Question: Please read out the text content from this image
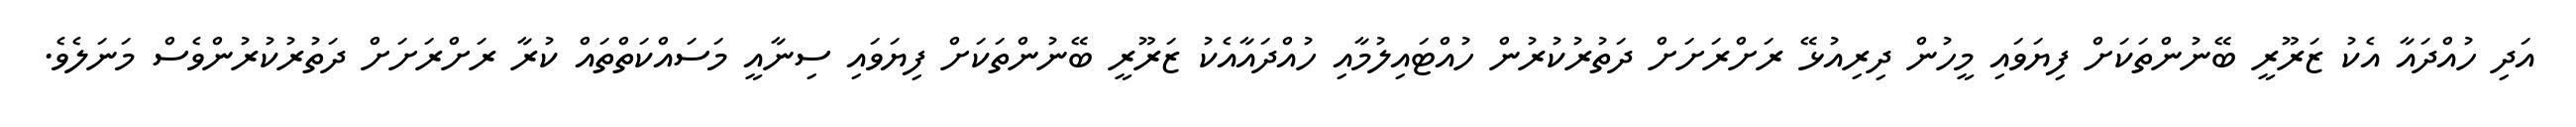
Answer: އަދި ހުއްދައާ އެކު ޒަރޫރީ ބޭނުންތަކަށް ފިޔަވައި މީހުން ދިރިއުޅޭ ރަށްރަށަށް ދަތުރުކުރުން ހުއްޓައިލުމާއި ހުއްދައާއެކު ޒަރޫރީ ބޭނުންތަކަށް ފިޔަވައި ސިނާއީ މަސައްކަތްތައް ކުރާ ރަށްރަށަށް ދަތުރުކުރުންވެސް މަނަލެވެ.